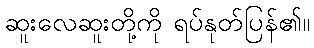
ဆူးလေဆူးတို့ကို ရပ်နုတ်ပြန်၏။